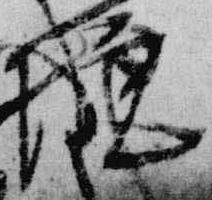
院